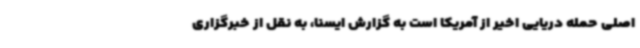
اصلی حمله دریایی اخیر از آمریکا است به گزارش ایسنا، به نقل از خبرگزاری